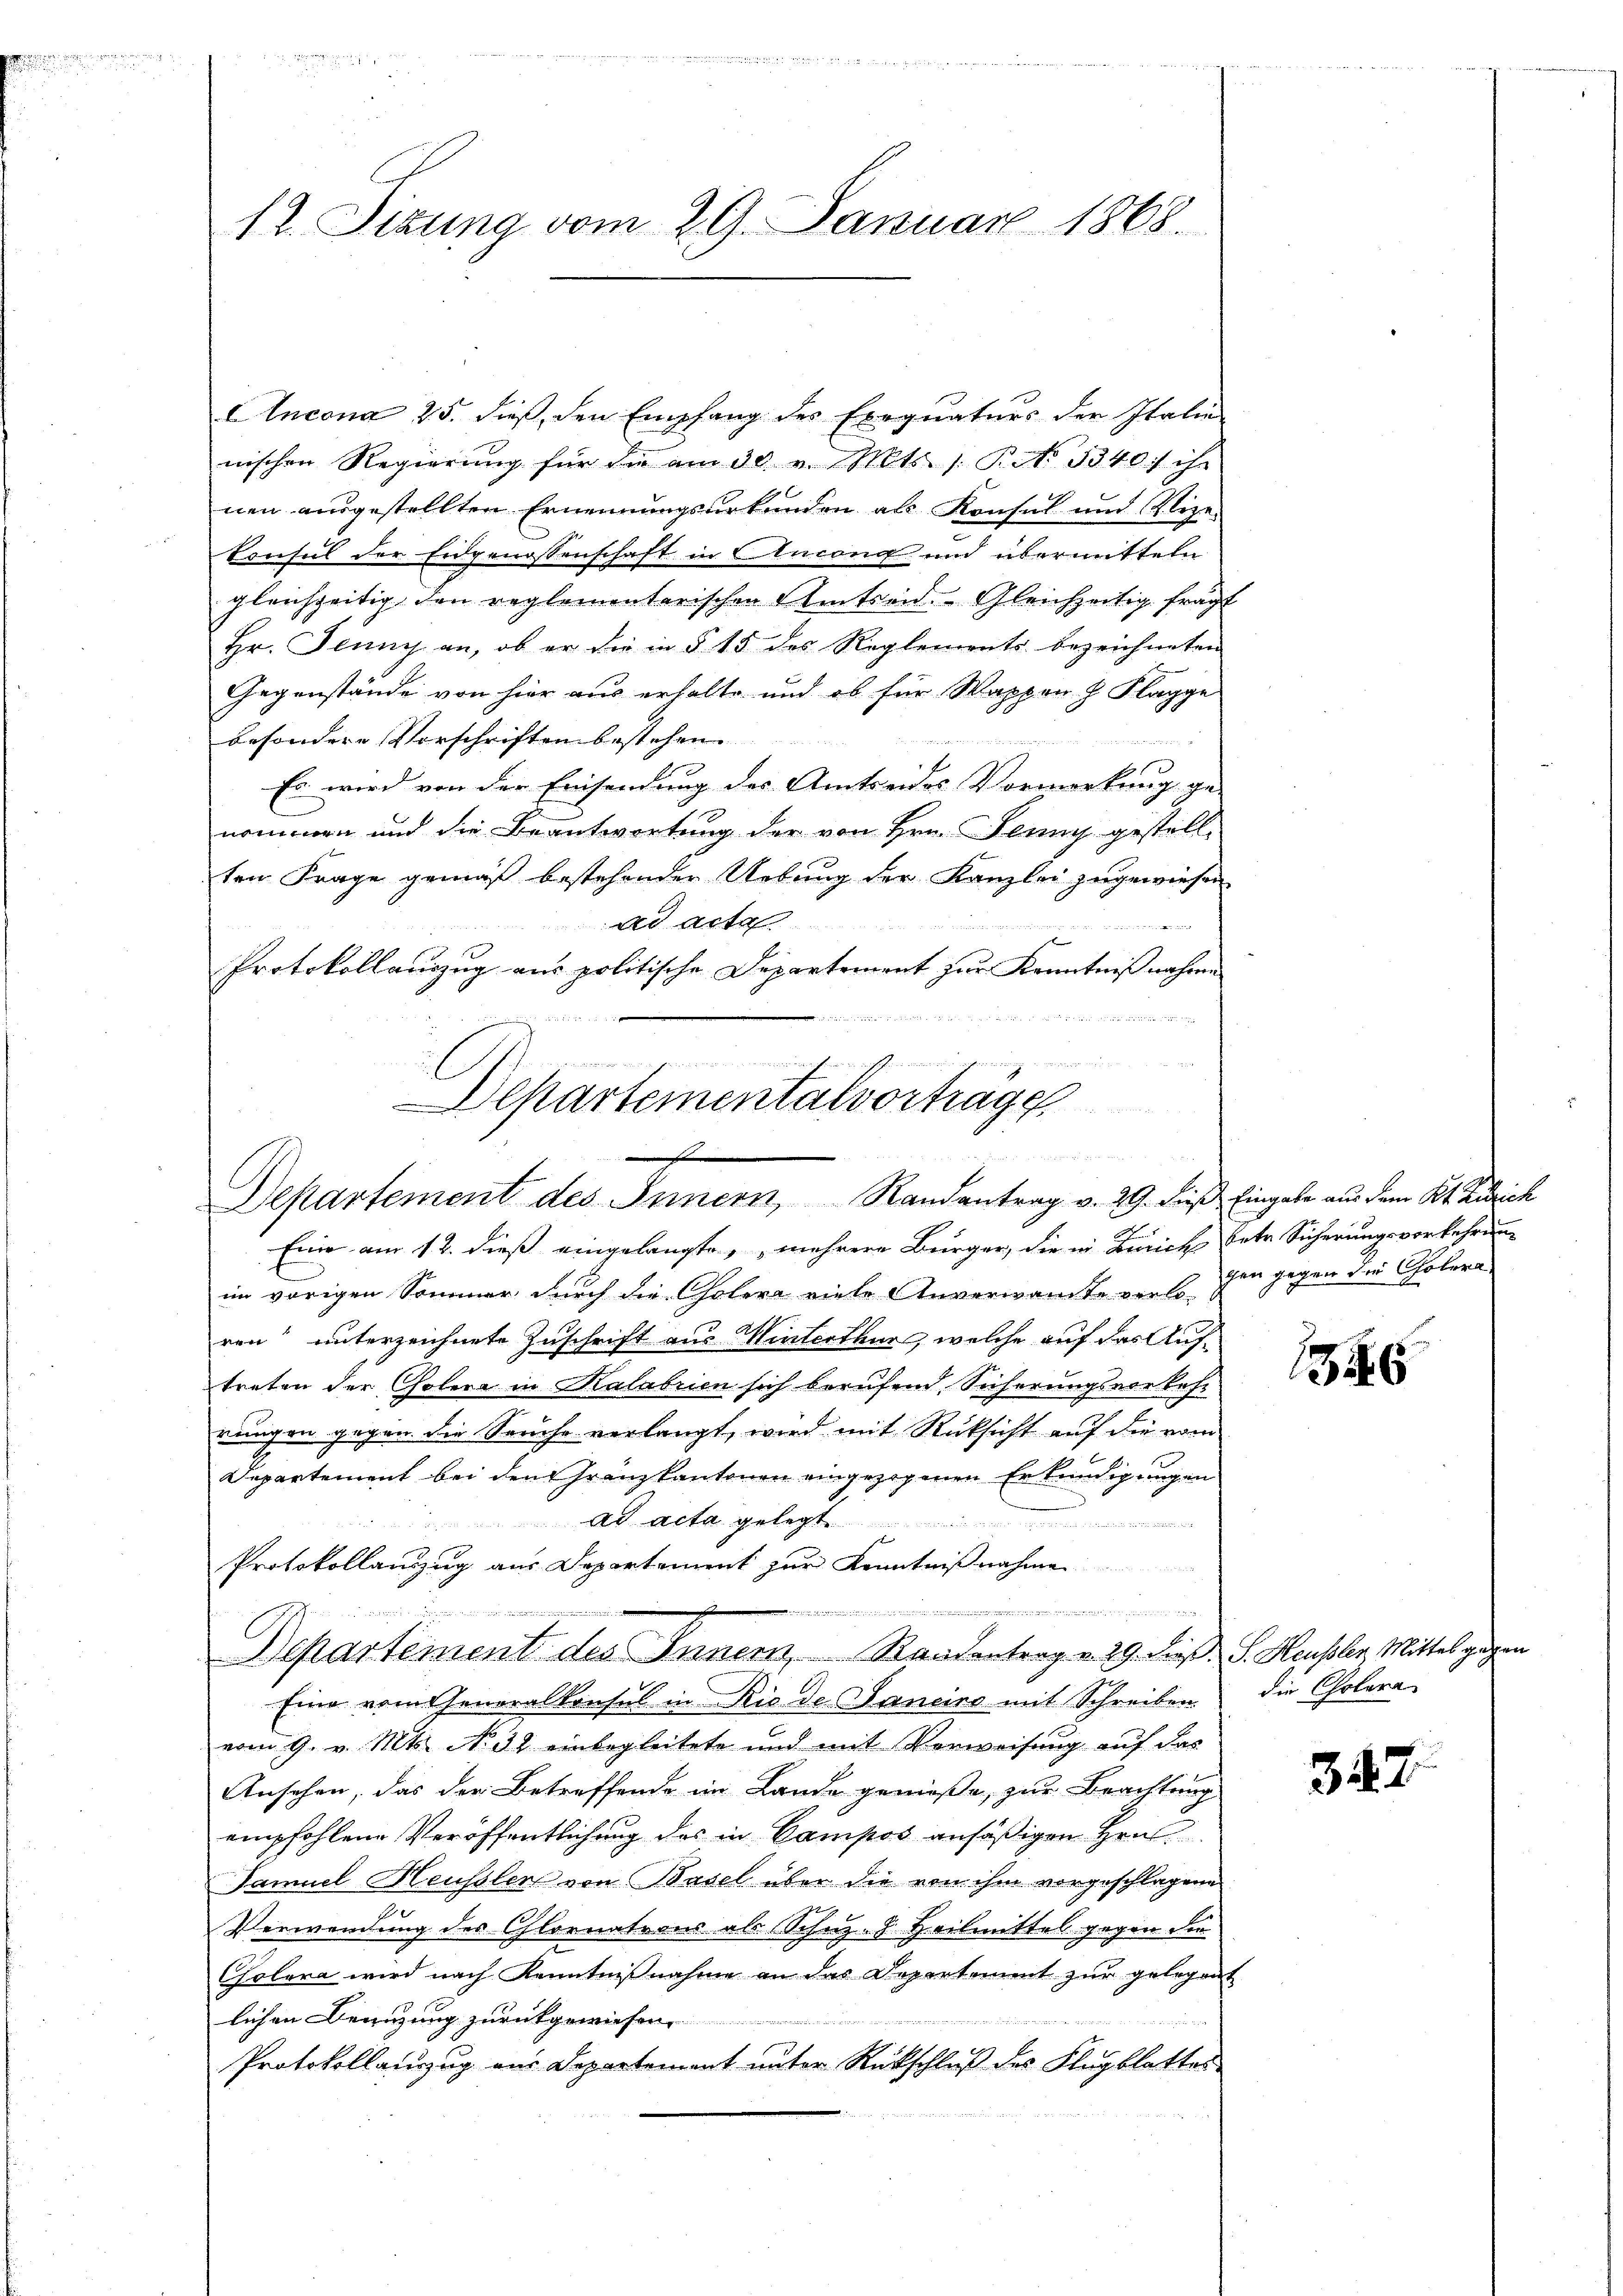
.

12. Sizung vom 29. Januar 1868.

Incona 25. dieß, den Empfang des Exequaturs der Italie
nischen Regierŭng für die am 30. v. Mts. /: P. Nr. 3340) ihr
nen ausgestellten Ernennungsurkunden als Konsul und Vize-
Consul der Eidgenossenschaft in Ancong und übermitteln
gleichzeitig den reglementarischen Amtseid. Gleichzeitig fragt
Hr. Jenny an, ob er die in § 15 des Reglements bezeichneten
Gegenstände von hier aus erhalte und ob für Wappen h. Klagge
besondere Vorschriften bestehen
e
Es wird von der Einsendung des Amtseides Vormerkung ge-
nommen und die Beantwortung der von Hrn. Jenny gestell-
ten Frage gemäß bestehenden Uebung der Kanzlei zugewiesen
ad acta
ininie meind
Protokollanzug aus politische Departement zur Kenntniß nahme
d

Departementalvorträge

.
d
Departement des Innern, Randantrag v. 29. dieß Eingabe aus dem Kt. Zürich

C

wen in der einen mindenen ein ihrend al

Eine am 12. dieß eingelangte, mehrere Bürger, die in Zürich betr. Sicherungsvorkehrung
im vorigen Sommer durch die Cholera viele Anverwandte von so den gegen die Cholera
ren“ unterzeichnete Zuschrift aus Winterthur, welche auf das Auf-
treten der Cholera in Kalabrien sich berufend, Sicherungsvortest
rungen gegen die Seuche verlangt, wird mit Rücksicht auf die vom
Departement bei dem Granzkantonen eingezogenen Erkundigungen
ad acta gelegt
Protokollanzug aus Departement zur Kenntnißnahme
........

Departement des Innern, Randentrag v. 29. Jes. S. Heusler, Mittel gegen
Eine vom Generalkonsul in Rio de Janeiro mit Schreiben
vom 9. v. Mts. No 32 einbegleitete und mit Vorweisung auf das
Ansehen, das der Betreffende im Lande gemäße, zur Beachtung
empfohlene Veröffentlichung des in Campos ansäßigen Hrn
Samuel Heussler von Basel über die von ihm vorgeschlagene
1
Verwendung des Chlornations als Schuz-S. Heilmittel gegen die
Cholera wird nach Kenntnißnahme an das Departement zur gelegent
lichen Benuzung zurückgewiesen.
Protokollauszug aus Departement unter Rückschluß des Flugblattes

4

die Cholera

347.